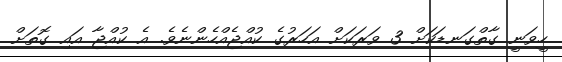
ހީވަނީ ގާތްގަނޑަކަށް 3 ވަރަކަށް އަހަރުގެ ކުއްޖެއްހެންނެވެ. އެ ކުއްޖާ އައި ގޮތަށް